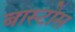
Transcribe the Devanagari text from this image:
बास्टोस